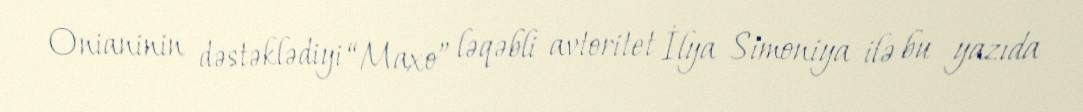
Onianinin dəstəklədiyi “Maxo” ləqəbli avtoritet İlya Simoniya ilə bu yazıda